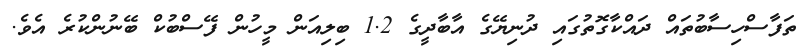
ތަފާސްހިސާބުތައް ދައްކާގޮތުގައި ދުނިޔޭގެ އާބާދީގެ 1.2 ބިލިއަން މީހުން ފޭސްބުކް ބޭނުންކުރެ އެވެ.